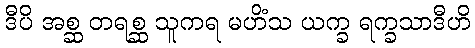
ဒီပိ အစ္ဆ တရစ္ဆ သူကရ မဟိံသ ယက္ခ ရက္ခသာဒီဟိ